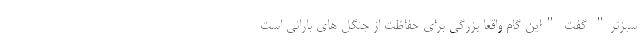
سبزتر" گفت "این گام واقعا بزرگی برای حفاظت از جنگل های بارانی است